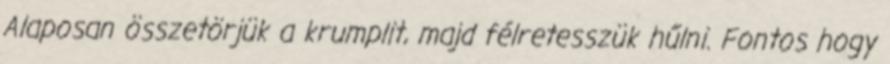
Alaposan összetörjük a krumplit, majd félretesszük hűlni. Fontos hogy